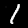
Label: 1